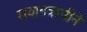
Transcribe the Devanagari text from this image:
मयातऋषीने